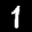
Label: 1